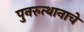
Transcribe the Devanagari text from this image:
पुनरुत्थानाचे